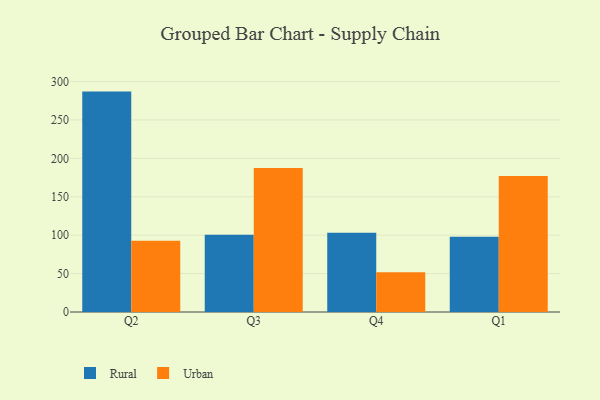
{"axis": {"x": "Quarter", "y": "Customer Acquisition Cost (USD)"}, "legend": ["Rural", "Urban"], "data": [{"x": "Q2", "y": 286.9, "type": "Rural"}, {"x": "Q2", "y": 92.6, "type": "Urban"}, {"x": "Q3", "y": 100.7, "type": "Rural"}, {"x": "Q3", "y": 187.3, "type": "Urban"}, {"x": "Q4", "y": 103.2, "type": "Rural"}, {"x": "Q4", "y": 51.6, "type": "Urban"}, {"x": "Q1", "y": 97.8, "type": "Rural"}, {"x": "Q1", "y": 177.0, "type": "Urban"}]}